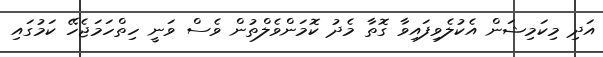
އަދި މިކަމިޝަން އެކުލެވިފައިވާ ގޮތާ މެދު ކޮމަންވެލްތުން ވެސް ވަނީ ހިތްހަމަޖެހޭ ކަމުގައި